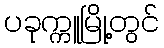
ပခုက္ကူမြို့တွင်